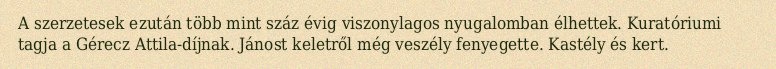
A szerzetesek ezután több mint száz évig viszonylagos nyugalomban élhettek. Kuratóriumi tagja a Gérecz Attila-díjnak. Jánost keletről még veszély fenyegette. Kastély és kert.